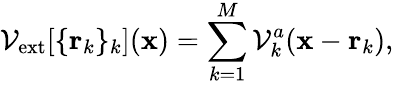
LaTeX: \mathcal{V}_{\mathrm{ext}}[\{ {\mathbf r}_{k}\} _{k}]({\mathbf x})=\sum_{k=1}^{M}{\mathcal{V}_{k}^{a}({\mathbf x}-{\mathbf r}_{k})},